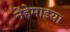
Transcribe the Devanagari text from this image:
नेहेमाइया